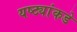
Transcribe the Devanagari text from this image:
यष्ट्यांकडे